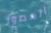
العصور